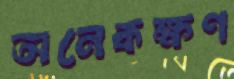
অনেকক্ষণ